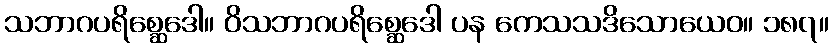
သဘာဂပရိစ္ဆေဒေါ။ ဝိသဘာဂပရိစ္ဆေဒေါ ပန ကေသသဒိသောယေဝ။ ၁၈၇။